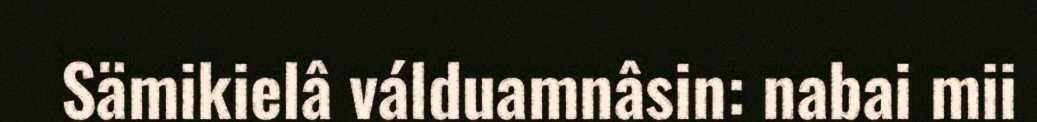
Sämikielâ válduamnâsin: nabai mii